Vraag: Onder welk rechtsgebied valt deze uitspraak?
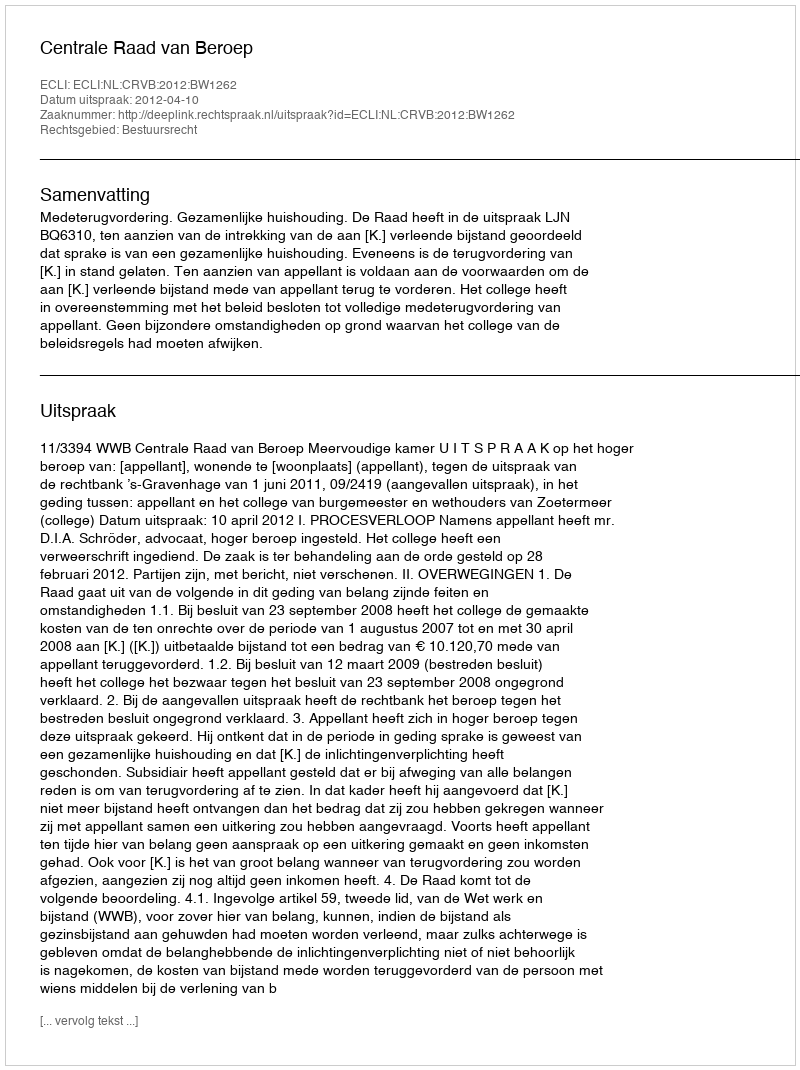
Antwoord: Bestuursrecht